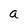
Character: a